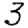
Digit: 3